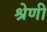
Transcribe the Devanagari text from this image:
श्रेणीं